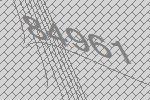
84961